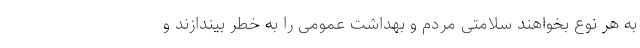
به هر نوع بخواهند سلامتی مردم و بهداشت عمومی را به خطر بیندازند و